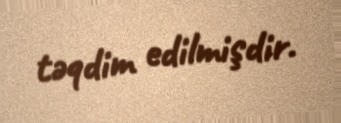
təqdim edilmişdir.